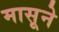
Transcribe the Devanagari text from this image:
मासूने